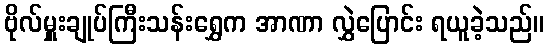
ဗိုလ်မှူးချုပ်ကြီးသန်းရွှေက အာဏာ လွှဲပြောင်း ရယူခဲ့သည်။